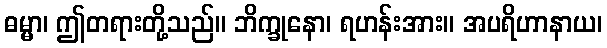
ဓမ္မာ၊ ဤတရားတို့သည်။ ဘိက္ခုနော၊ ရဟန်းအား။ အပရိဟာနာယ၊